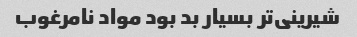
شیرینی‌تر بسیار بد بود مواد نامرغوب